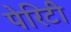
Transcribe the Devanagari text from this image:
पेरिटी